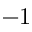
- 1